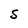
Character: S